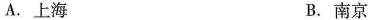
A.上海 B.南京